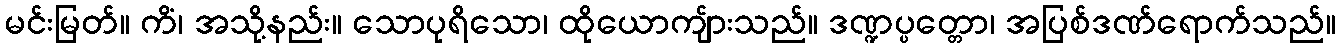
မင်းမြတ်။ ကိံ၊ အသို့နည်း။ သောပုရိသော၊ ထိုယောကျ်ားသည်။ ဒဏ္ဍပ္ပတ္တော၊ အပြစ်ဒဏ်ရောက်သည်။